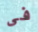
فى